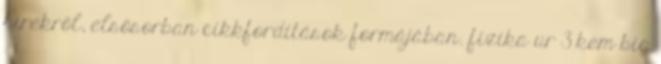
hírekről, elsősorban cikkfordítások formájában. fizika ur 3 kem bio